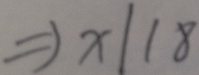
\Rightarrow x \vert 1 8